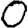
Digit: 0